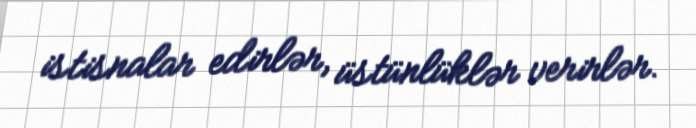
istisnalar edirlər, üstünlüklər verirlər.